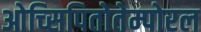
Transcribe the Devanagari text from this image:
ओच्सिपितोतेम्पोरल